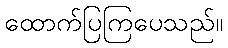
ထောက်ပြကြပေသည်။